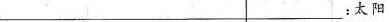
___:太阳